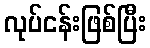
လုပ်ငန်းဖြစ်ပြီး